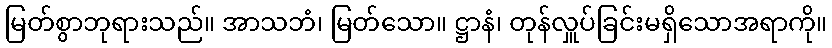
မြတ်စွာဘုရားသည်။ အာသဘံ၊ မြတ်သော။ ဋ္ဌာနံ၊ တုန်လှူပ်ခြင်းမရှိသောအရာကို။